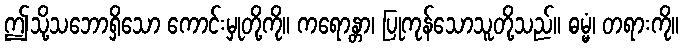
ဤသို့သဘောရှိသော ကောင်းမှုတို့ကို။ ကရောန္တာ၊ ပြုကုန်သောသူတို့သည်။ ဓမ္မံ၊ တရားကို။